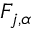
F _ { j , \alpha }